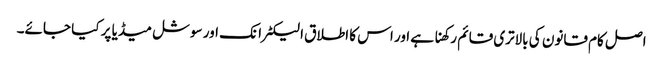
اصل کام قانون کی بالاتری قائم رکھنا ہے اور اس کا اطلاق الیکٹرانک اور سوشل میڈیا پر کیا جائے۔